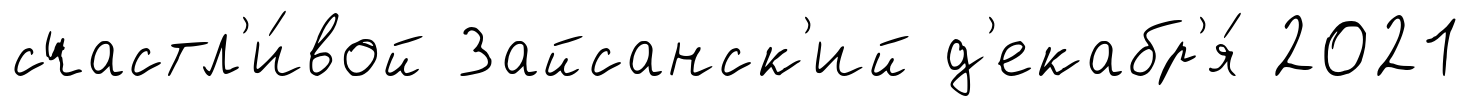
счастл'и́вой Зайсанск'ий д'екабр'я́ 2021